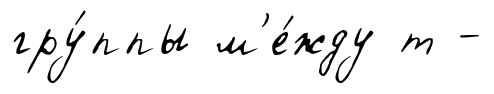
гру́ппы м'е́жду т -